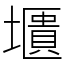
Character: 㙺